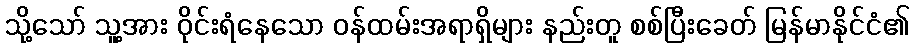
သို့သော် သူ့အား ဝိုင်းရံနေသော ဝန်ထမ်းအရာရှိများ နည်းတူ စစ်ပြီးခေတ် မြန်မာနိုင်ငံ၏